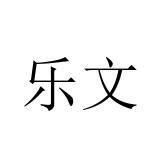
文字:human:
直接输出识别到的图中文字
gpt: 乐文